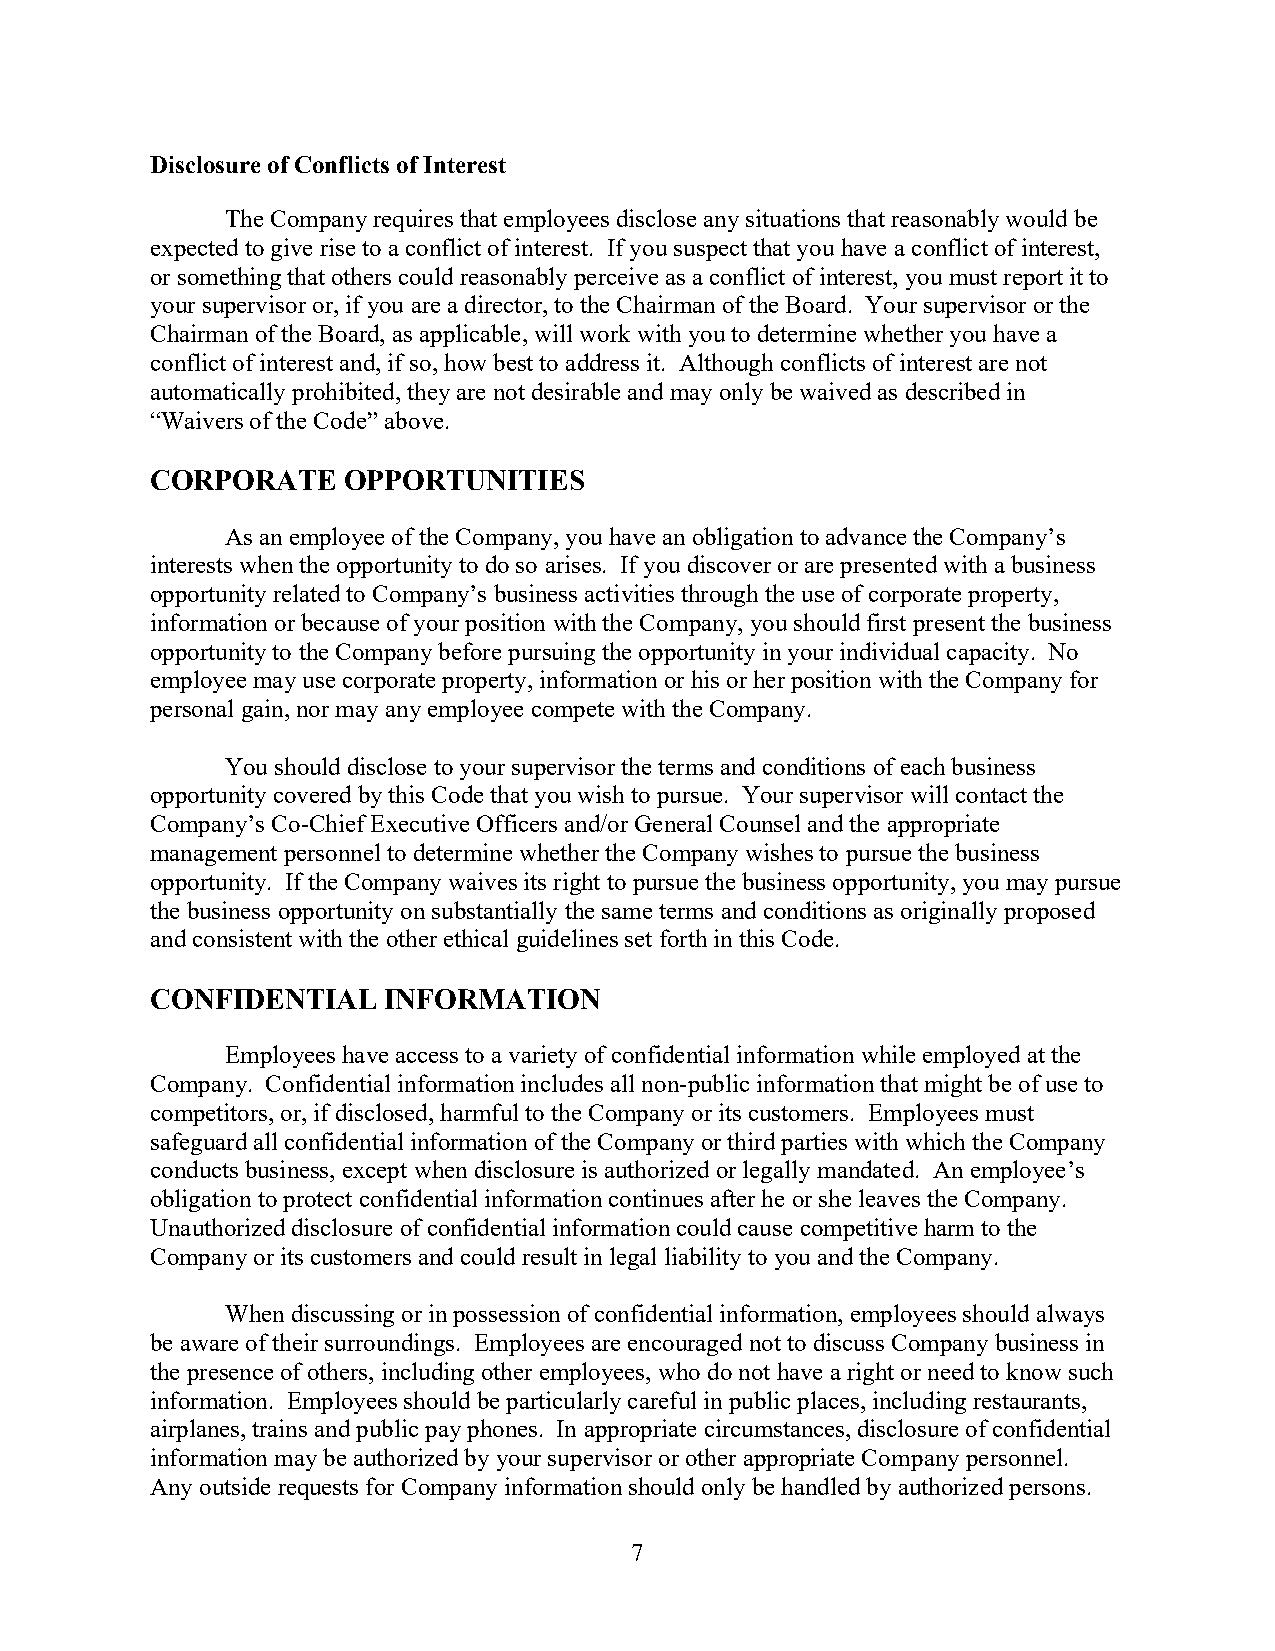
Disclosure of Conflicts of Interest
 The Company requires that employees disclose any situations that reasonably would be
 expected to give rise to a conflict of interest. If you suspect that you have a conflict of interest,
 or something that others could reasonably perceive as a conflict of interest, you must report it to
 your supervisor or, if you are a director, to the Chairman of the Board. Your supervisor or the
 Chairman of the Board, as applicable, will work with you to determine whether you have a
 conflict of interest and, if so, how best to address it. Although conflicts of interest are not
 automatically prohibited, they are not desirable and may only be waived as described in
 “Waivers of the Code” above.
 CORPORATE    OPPORTUNITIES
 As an employee of the Company, you have an obligation to advance the Company’s
 interests when the opportunity to do so arises. If you discover or are presented with a business
 opportunity related to Company’s business activities through the use of corporate property,
 information or because of your position with the Company, you should first present the business
 opportunity to the Company before pursuing the opportunity in your individual capacity. No
 employee may use corporate property, information or his or her position with the Company for
 personal gain, nor may any employee compete with the Company.
 You should disclose to your supervisor the terms and conditions of each business
 opportunity covered by this Code that you wish to pursue. Your supervisor will contact the
 Company’s Co-Chief Executive Officers and/or General Counsel and the appropriate
 management personnel to determine whether the Company wishes to pursue the business
 opportunity. If the Company waives its right to pursue the business opportunity, you may pursue
 the business opportunity on substantially the same terms and conditions as originally proposed
 and consistent with the other ethical guidelines set forth in this Code.
 CONFIDENTIAL   INFORMATION
 Employees have access to a variety of confidential information while employed at the
 Company. Confidential information includes all non-public information that might be of use to
 competitors, or, if disclosed, harmful to the Company or its customers. Employees must
 safeguard all confidential information of the Company or third parties with which the Company
 conducts business, except when disclosure is authorized or legally mandated. An employee’s
 obligation to protect confidential information continues after he or she leaves the Company.
 Unauthorized disclosure of confidential information could cause competitive harm to the
 Company or its customers and could result in legal liability to you and the Company.
 When discussing or in possession of confidential information, employees should always
 be aware of their surroundings. Employees are encouraged not to discuss Company business in
 the presence of others, including other employees, who do not have a right or need to know such
 information. Employees should be particularly careful in public places, including restaurants,
 airplanes, trains and public pay phones. In appropriate circumstances, disclosure of confidential
 information may be authorized by your supervisor or other appropriate Company personnel.
 Any outside requests for Company information should only be handled by authorized persons.
 7